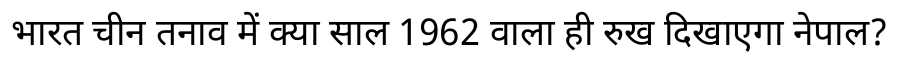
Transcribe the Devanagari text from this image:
भारत चीन तनाव में क्या साल 1962 वाला ही रुख दिखाएगा नेपाल?